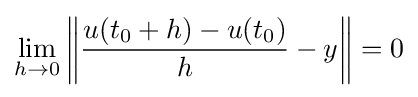
\lim _{h\to 0}\left\|{\frac {u(t_{0}+h)-u(t_{0})}{h}}-y\right\|=0